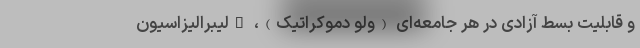
و قابلیت بسط آزادی در هر جامعه‌ای (ولو دموکراتیک)، "لیبرالیزاسیون